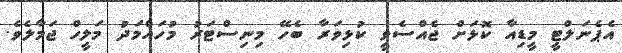
އެޕެނަލްޓީ މީޑިއާ ކޮޅަށް ޖެއްސެވީ ކުޅިވަރާ ބެހޭ މިނިސްޓަރު މުހައްމަދު މަލީހް ޖަމާލެވެ.